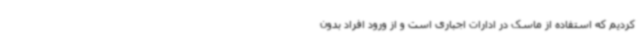
کردیم که استفاده از ماسک در ادارات اجباری است و از ورود افراد بدون